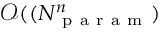
\mathcal { O } ( ( N _ { \mathrm { ~ p ~ a ~ r ~ a ~ m ~ } } ^ { n } )